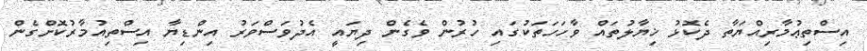
އިސްތިޢުމާރިއްޔަތާ ދެކޮޅު ޚިޔާލުތައް ވާހަހަތަކުގައި ހުރުން ވެގެން ދިޔައީ އެދުވަސްވަރު އިންޑިޔާ އިސްތިއުމާރުކޮށްގެން